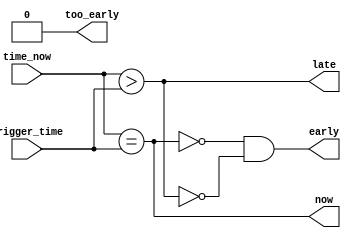
//
// Copyright 2011-2012 Ettus Research LLC
//
// This program is free software: you can redistribute it and/or modify
// it under the terms of the GNU General Public License as published by
// the Free Software Foundation, either version 3 of the License, or
// (at your option) any later version.
//
// This program is distributed in the hope that it will be useful,
// but WITHOUT ANY WARRANTY; without even the implied warranty of
// MERCHANTABILITY or FITNESS FOR A PARTICULAR PURPOSE.  See the
// GNU General Public License for more details.
//
// You should have received a copy of the GNU General Public License
// along with this program.  If not, see <http://www.gnu.org/licenses/>.
//


// 64 bits worth of ticks

module time_compare
  (input [63:0] time_now,
   input [63:0] trigger_time,
   output now,
   output early,
   output late,
   output too_early);

    assign now = time_now == trigger_time;
    assign late = time_now > trigger_time;
    assign early = ~now & ~late;
    assign too_early = 0; //not implemented

endmodule // time_compare